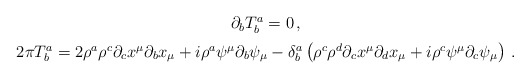
\begin{align*}\begin{array}{c}\medskip\partial_b T_b^a = 0 \,,\\2 \pi T_b^a = 2 \rho^a \rho^c \partial_c x^ {\mu} \partial_b x_ {\mu} + i\rho^a \psi^ {\mu} \partial_b \psi_ {\mu} - \delta_b^a \left (\rho^c \rho^d\partial_c x^ {\mu} \partial_d x_ {\mu} + i \rho^c \psi^ {\mu} \partial_c\psi_{\mu} \right) \,.\end{array}\end{align*}